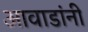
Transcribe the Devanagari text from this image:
आवाडांनी